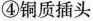
④铜质插头